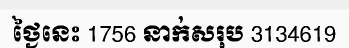
ថ្ងៃនេះ 1756 នាក់សរុប 3134619